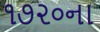
૧૭૨૦ના